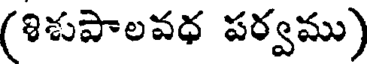
(శిశుపాలవధ పర్వము)